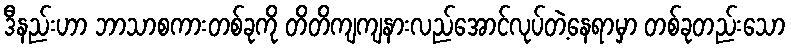
ဒီနည်းဟာ ဘာသာစကားတစ်ခုကို တိတိကျကျနားလည်အောင်လုပ်တဲ့နေရာမှာ တစ်ခုတည်းသော